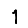
Digit: 1